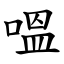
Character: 嗢